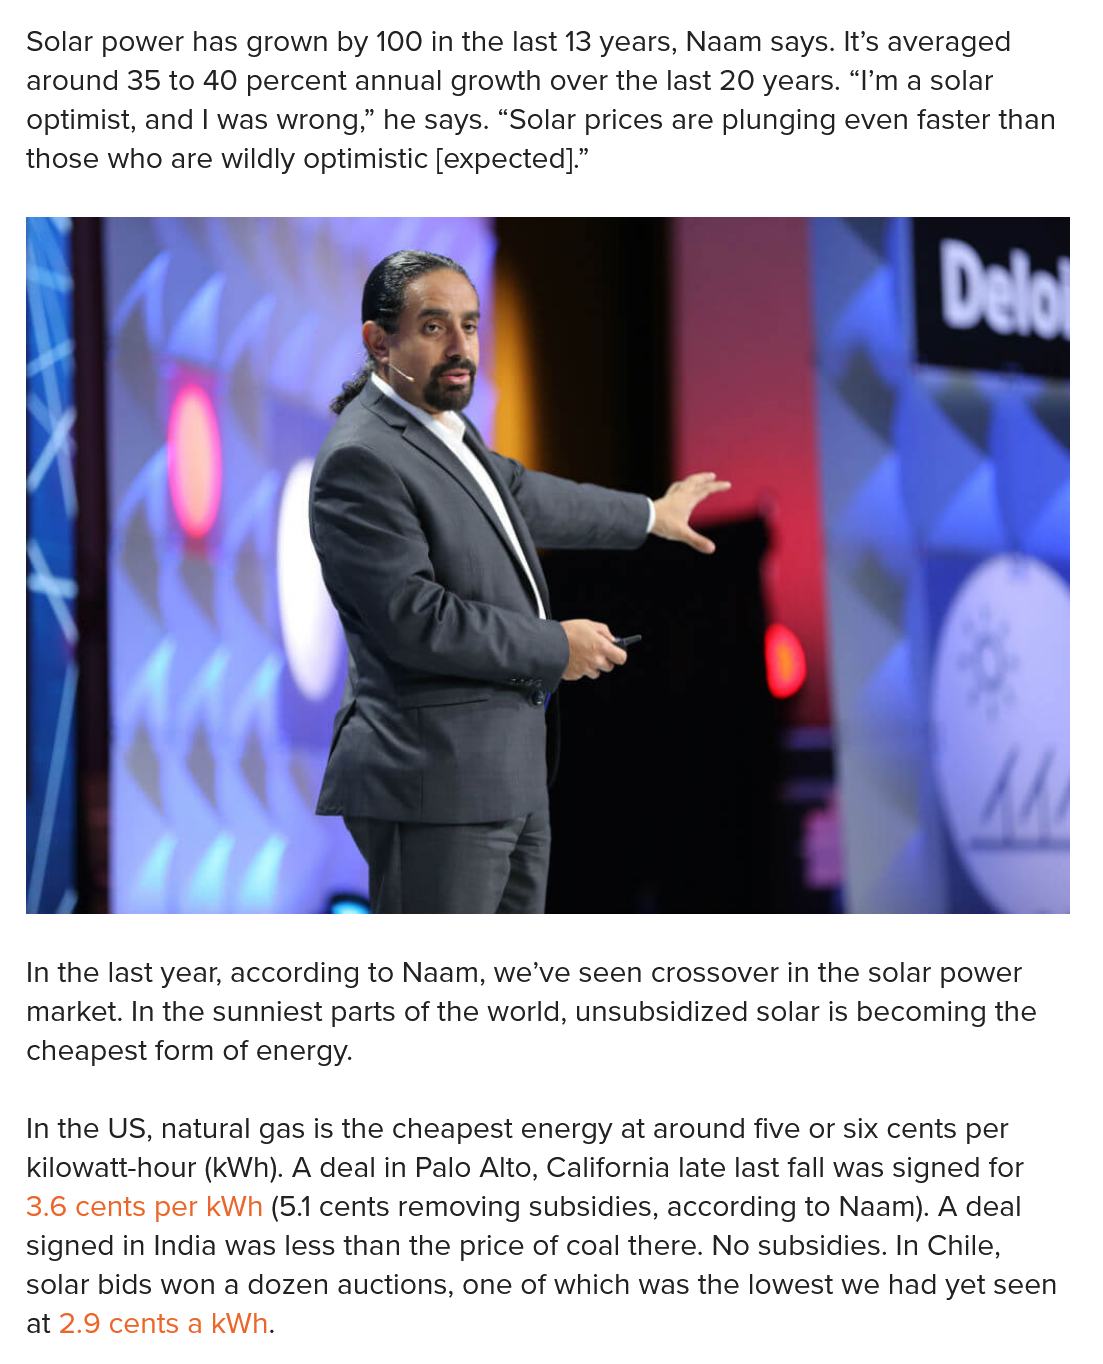
Solar power has grown by 100 in the last 13 years, Naam says. It’s averaged
  around 35 to 40 percent annual growth over the last 20 years. “I’m a solar
  optimist, and | was wrong,” he says. “Solar prices are plunging even faster than
  those who are wildly optimistic [expected].”
  In the last year, according to Naam, we’ve seen crossover in the solar power
  market. In the sunniest parts of the world, unsubsidized solar is becoming the
  cheapest form of energy.
  In the US, natural gas is the cheapest energy at around five or six cents per
  kilowatt-hour (kWh). A deal in Palo Alto, California late last fall was signed for
  3.6 cents per kWh (5.1 cents removing subsidies, according to Naam). A deal
  signed in India was less than the price of coal there. No subsidies. In Chile,
  solar bids won a dozen auctions, one of which was the lowest we had yet seen
  at 2.9 cents a kWh.